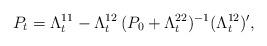
LaTeX: \begin{align*}P_t& = \Lambda_t^{11} - \Lambda_t^{12}\, (P_0 + \Lambda_t^{22})^{-1} (\Lambda_t^{12})',\end{align*}